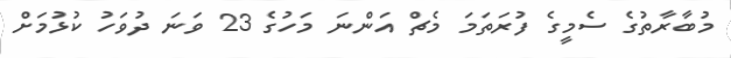
މުބާރާތުގެ ސެމީގެ ފުރަތަމަ މެޗް އަންނަ މަހުގެ 23 ވަނަ ދުވަހު ކުޅުމަށް